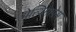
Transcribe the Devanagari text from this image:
गेत्त्यिमागेस